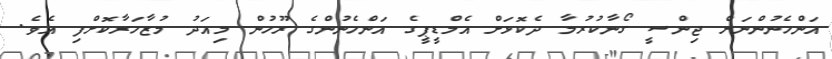
އަންހެނުންނަށް ޖިންސީ ގޯނާކުރުމާ ދެކޮޅަށް އެމްޑީޕީގެ އަންހެނުންގެ ރޫހުން މިއަދު މުޒާހަރާކޮށްފި އެވެ.